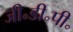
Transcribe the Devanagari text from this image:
जी॰डी॰पी॰